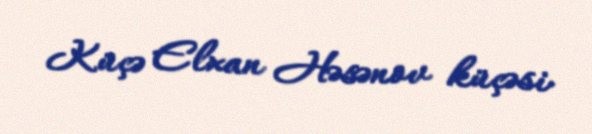
Küçə Elxan Həsənov küçəsi